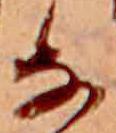
な